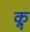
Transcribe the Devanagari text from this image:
कॣ